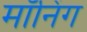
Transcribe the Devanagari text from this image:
मॉनिंग